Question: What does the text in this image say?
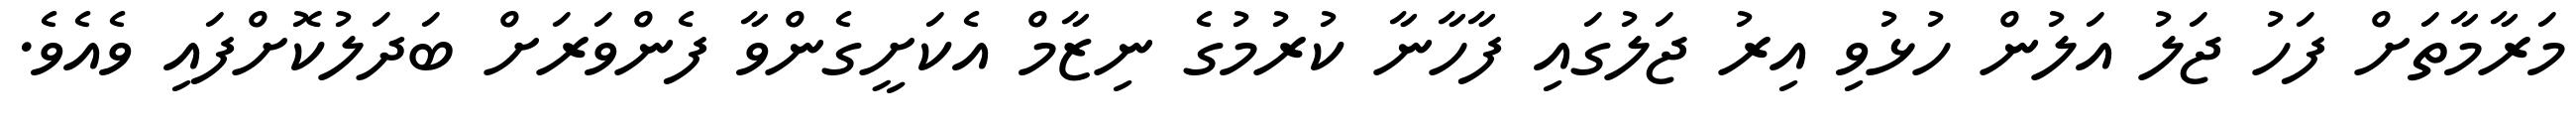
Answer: މަރާމާތަށް ފަހު ޖަލު އަލުން ހުޅުވި އިރު ޖަލުގައި ފާހާނާ ކުރުމުގެ ނިޒާމް އެކަށީގެންވާ ފެންވަރަށް ބަދަލުކޮށްފައި ވެއެވެ.